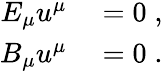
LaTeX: \begin{array}{rl}{E_{\mu}u^{\mu}}&{{}=0\; ,}\\ {B_{\mu}u^{\mu}}&{{}=0\; .}\end{array}